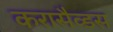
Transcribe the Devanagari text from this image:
करासैव्डस